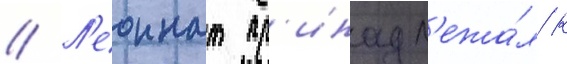
// Л'еоннат пр'инадл'ежа́л к